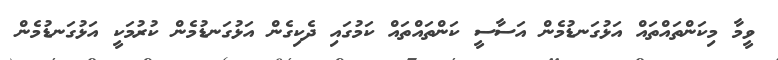
ވީމާ މިކަންތައްތައް އަޅުގަނޑުމެން އަސާސީ ކަންތައްތައް ކަމުގައި ދެކިގެން އަޅުގަނޑުމެން ކުރުމަކީ އަޅުގަނޑުމެން